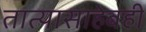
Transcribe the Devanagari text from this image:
तात्यासाहेबही